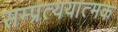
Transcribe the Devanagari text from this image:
सम्प्रत्ययात्मक